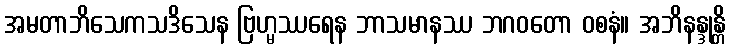
အမတာဘိသေကသဒိသေန ဗြဟ္မဿရေန ဘာသမာနဿ ဘဂဝတော ဝစနံ။ အဘိနန္ဒုန္တိ